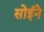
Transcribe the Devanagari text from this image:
सोईने